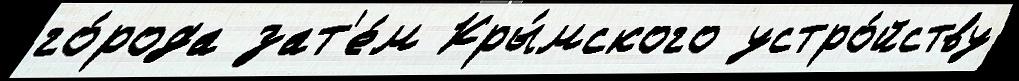
го́рода зат'е́м Кры́мского устро́йству